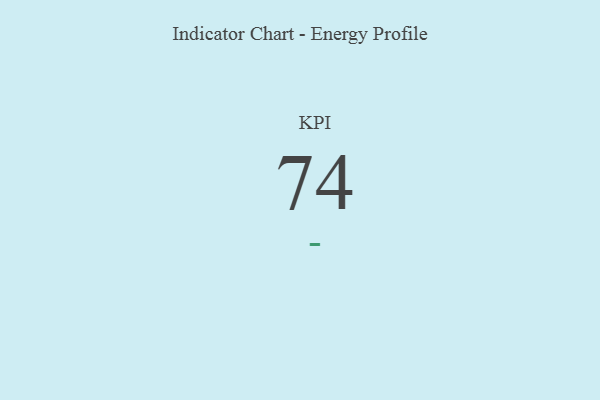
{"axis": {"x": "KPI", "y": "Value"}, "legend": [""], "data": [{"x": "KPI", "y": 74, "type": ""}]}